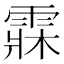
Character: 𩃕